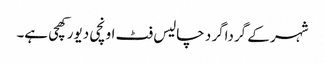
شہر کے گرداگر د چالیس فٹ اونچی دیور کھچی ہے۔